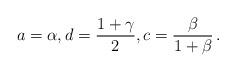
LaTeX: \begin{align*} a = \alpha, d = \frac{1+\gamma}{2}, c = \frac{\beta}{1+\beta}\,. \end{align*}